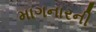
માગનારની